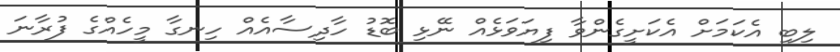
ލިބި އެކަމަށް އެކަށީގެންވާ ފިޔަވަޅެއް ނޭޅި ބޮޑު ހާދިސާއެއް ހިނގާ މީހެއްގެ ފުރާނަ